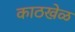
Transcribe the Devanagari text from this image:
काठखेळ